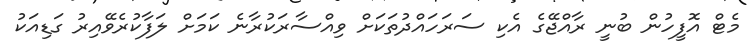
މެޓް އޮފީހުން ބުނީ ރާއްޖޭގެ އެކި ސަރަހައްދުތަކަށް ވިއްސާރަކުރާނެ ކަމަށް ލަފާކުރެވޭއިރު ގަޑިއަކު